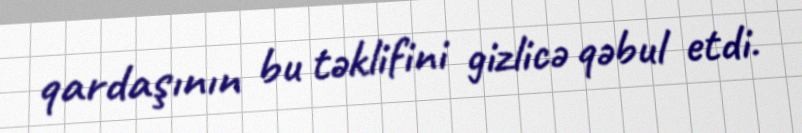
qardaşının bu təklifini gizlicə qəbul etdi.